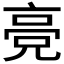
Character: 𬴔